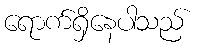
ရောက်ရှိနေပါသည်